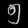
Digit: ၅